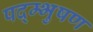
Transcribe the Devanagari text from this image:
पद्म्भुषण